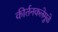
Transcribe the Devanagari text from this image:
कीर्तनकलेमुळे